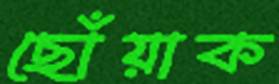
ছোঁয়াক